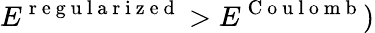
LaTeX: E^{\mathrm{~r~e~g~u~l~a~r~i~z~e~d~}}>E^{\mathrm{~C~o~u~l~o~m~b~}})